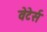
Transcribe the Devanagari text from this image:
वेटेर्स